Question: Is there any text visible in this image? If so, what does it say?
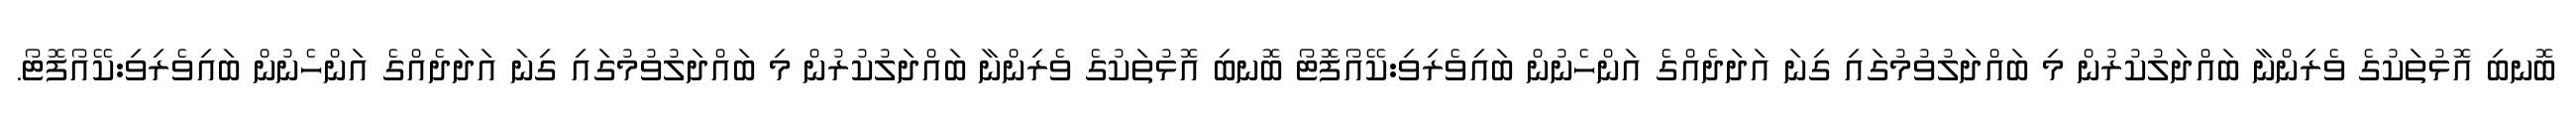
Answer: ބޮނބި އޮޅުތަކުގެ ވެރިންނާ ބައްދަލުކުރުން މި ބައްދަލުވުމުގައި ގިނަ އަދަދެއްގެ އަންހެނުން ބައިވެރިވި:ކޭއޯފޮޓޯ ބޮނބި އޮޅުތަކުގެ ވެރިންނާ ބައްދަލުކުރުން މި ބައްދަލުވުމުގައި ގިނަ އަދަދެއްގެ އަންހެނުން ބައިވެރިވި:ކޭއޯފޮޓޯ.